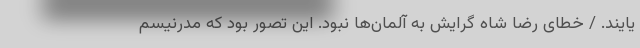
یایند. / خطای رضا شاه گرایش به آلمان‌ها نبود. این تصور بود که مدرنیسم